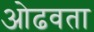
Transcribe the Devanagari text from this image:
ओढवता